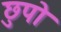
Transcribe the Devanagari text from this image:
छुपो